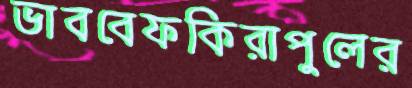
ভাববেফকিরাপুলের